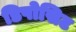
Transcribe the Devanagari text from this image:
डिपोसिट